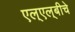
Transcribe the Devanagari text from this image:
एल्‌एल्‌बीचे